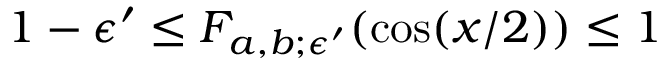
1 - \epsilon ^ { \prime } \le F _ { a , b ; \epsilon ^ { \prime } } ( \cos ( x / 2 ) ) \le 1